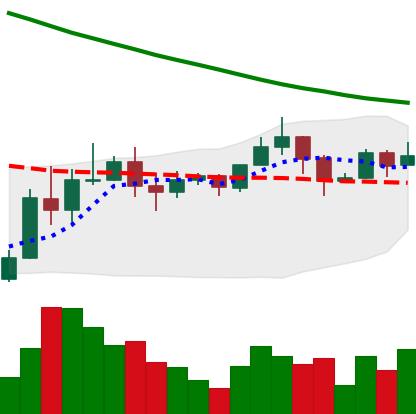
Ticker: ADA-USD
Chart end date: 2019-11-12
Forward return: 3.779%
Label: up_3_5